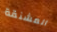
المشنقة